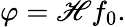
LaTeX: \varphi=\mathscr{H}f_{0}.